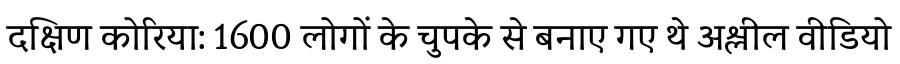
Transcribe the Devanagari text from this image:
दक्षिण कोरिया: 1600 लोगों के चुपके से बनाए गए थे अश्लील वीडियो